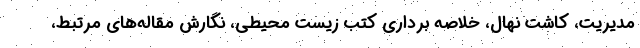
مدیریت، کاشت نهال، خلاصه برداری کتب زیست محیطی، نگارش مقاله‌های مرتبط،